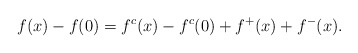
\begin{align*}f(x)-f(0)=f^c(x)-f^c(0)+f^+(x)+f^-(x). \end{align*}